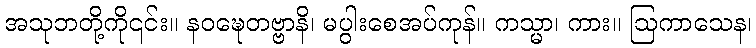
အသုဘတို့ကို၎င်း။ နဝဍ္ဎေတဗ္ဗာနိ၊ မပွါးစေအပ်ကုန်။ ကသ္မာ၊ ကား။ ဩကာသေန၊